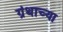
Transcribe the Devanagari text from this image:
ग्रंथाच्‍या